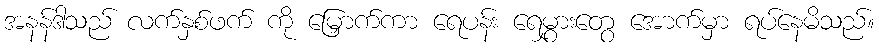
အနန်ဒါသည် လက်နှစ်ဖက် ကို မြှောက်ကာ ရေပန်း ရေမွှားတွေ အောက်မှာ ရပ်နေမိသည်။